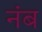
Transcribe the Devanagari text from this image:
नंब